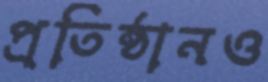
প্রতিষ্ঠানও